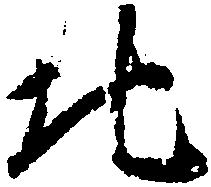
北